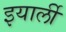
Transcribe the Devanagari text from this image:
इयार्ली